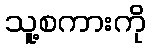
သူ့စကားကို